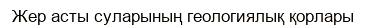
Жер асты суларының геологиялық қорлары